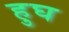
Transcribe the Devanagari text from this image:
हुघ